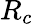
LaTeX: R_{c}